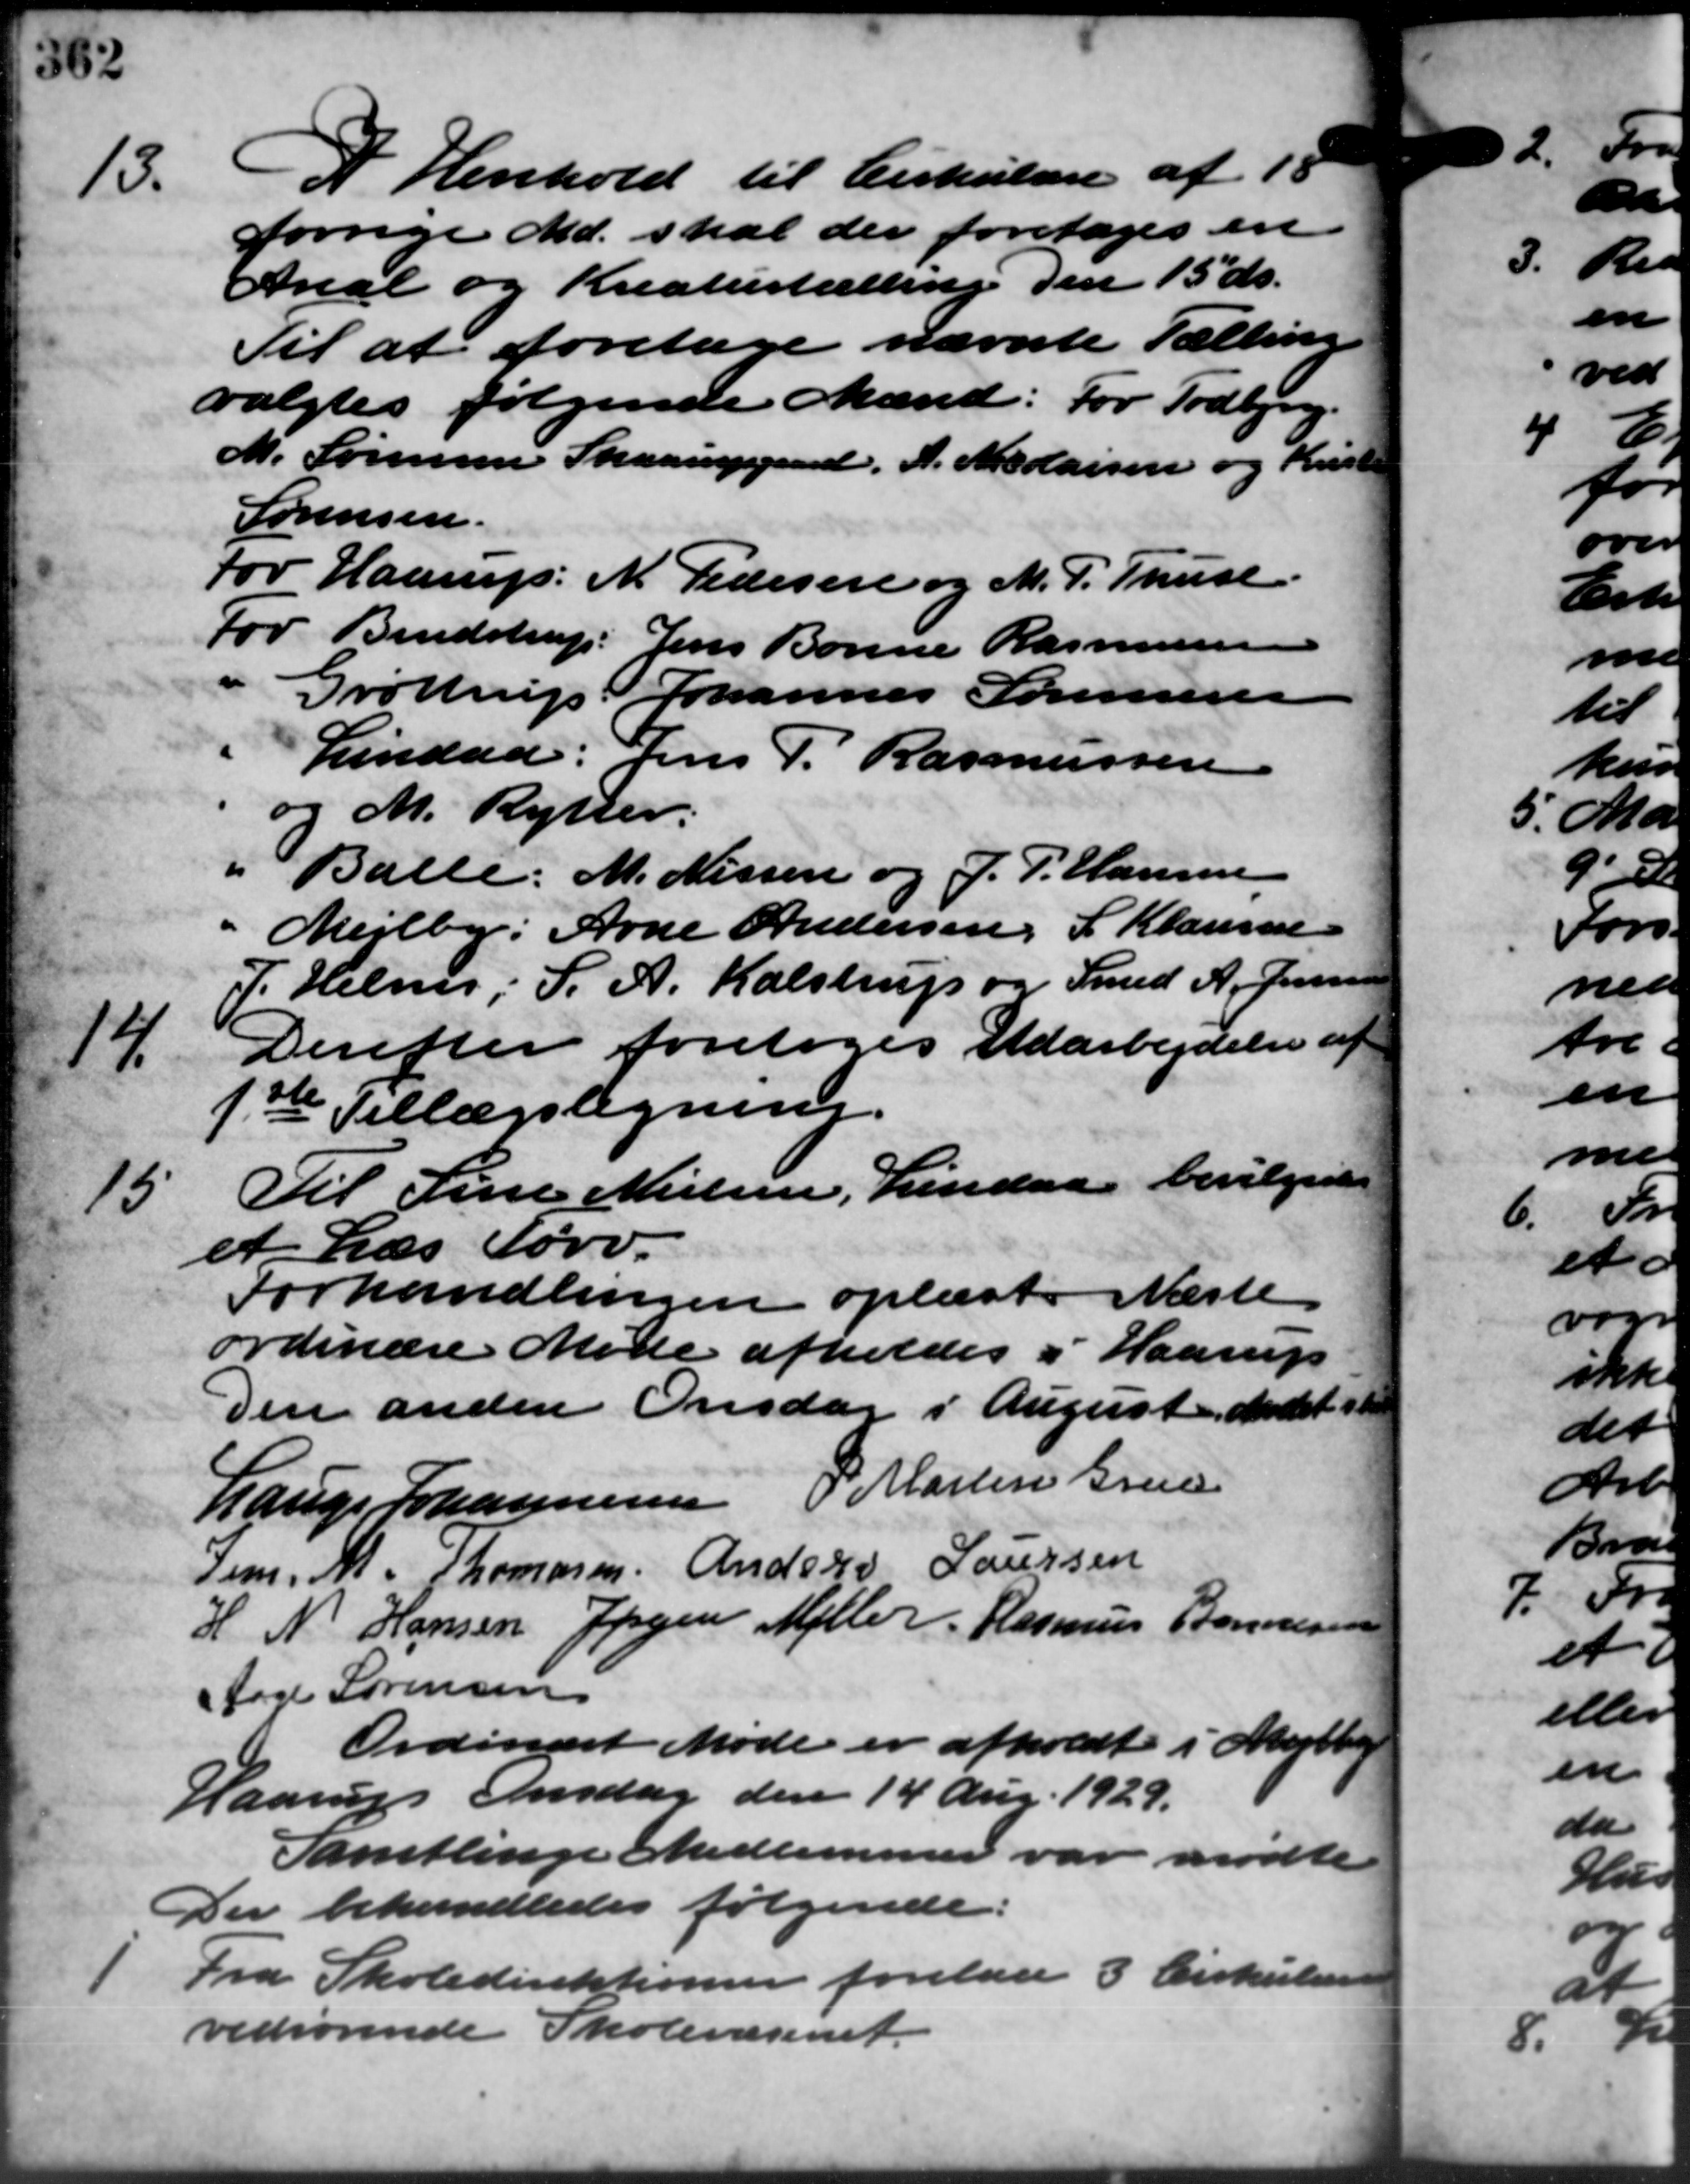
Transskription:
13.
I Henhold til Cirkulære af 15
forrige Md. skal der foretages en
Areal og Kreaturtælling den 15 ds.
Til at foretage nævnte Tælling
valgtes følgende Mænd: For Todbjerg.
M. Sørensen Skaarupgaard, A. Medaisen og Krist
Sørensen.
For Haarup: N. Pedersen og M. P. Thuse
For Bendstrup: Jens Bonne Rasmussen
Grøttrup Johannes Sørensen
Lindaa: Jens P. Rasmussen
og M. Rytter.
" Balle: M. Nissen og J. P. Hansen
Mejlby: Arne Andersen, S. Klausen
P. Helms S. A. Kalstrup og Smed A. Jensen
14.
Derefter foretoges Udarbejdelse af
1ste Tillægsligning.
15
Til Line Nielsen, Lindaa bevilgedes
et Læs Tørv.
Forhandlingen oplæst. Næste
ordinære Møde afholdes i Haarup
Den anden Onsdag i August Mødet st
Lauge Johannesen O. Martin Greve
Jens. M. Thomasen Anders Laursen
H N Hansen Jørgen Møller Rasmus Bonnesen
Aage Sørensen
Ordinært Møde er afholdt i Mejlby
Haarup Onsdag den 14 Aug. 1929.
Samtlinge Medlemmer var mødte
Der behandledes følgende:

Fra Skoledirektionen forelaa 3 Cirkulære
vedrørende Skolevæsenet.